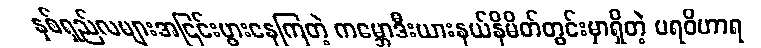
နှစ်ရှည်လများအငြင်းပွားနေကြတဲ့ ကမ္ဘောဒီးယားနယ်နိမိတ်တွင်းမှာရှိတဲ့ ပရဝိဟာရ